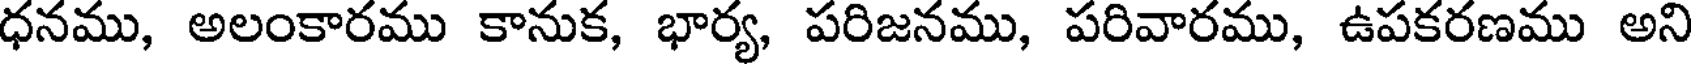
ధనము, అలంకారము కానుక, భార్య, పరిజనము, పరివారము, ఉపకరణము అని